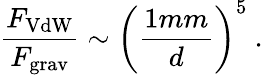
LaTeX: {\frac{F_{\mathrm{VdW}}}{F_{\mathrm{grav}}}}\sim\left({\frac{1{mm}}{d}}\right)^{5}\ .